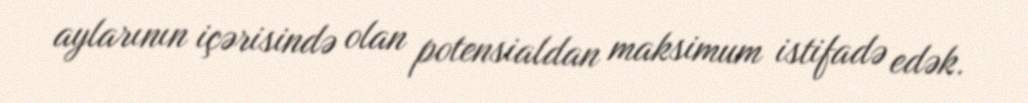
aylarının içərisində olan potensialdan maksimum istifadə edək.